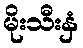
မိုးသီးနှံ